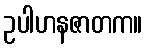
ဥပါဟနဇာတက။